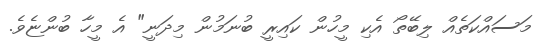
މަސައްކަތެއް ލިބޭތޯ އެކި މީހުން ކައިރީ ބުނަމުން މިދަނީ" އެ މީހާ ބުންޏެވެ.